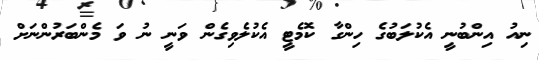
ނިއު އިންބުނީ އެކުލަބުގެ ހިންގާ ކޮމެޓީ އެކުލެވިގެން ވަނީ ނު ވަ މެންބަރުންނަށް